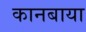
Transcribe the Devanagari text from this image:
कानबाया